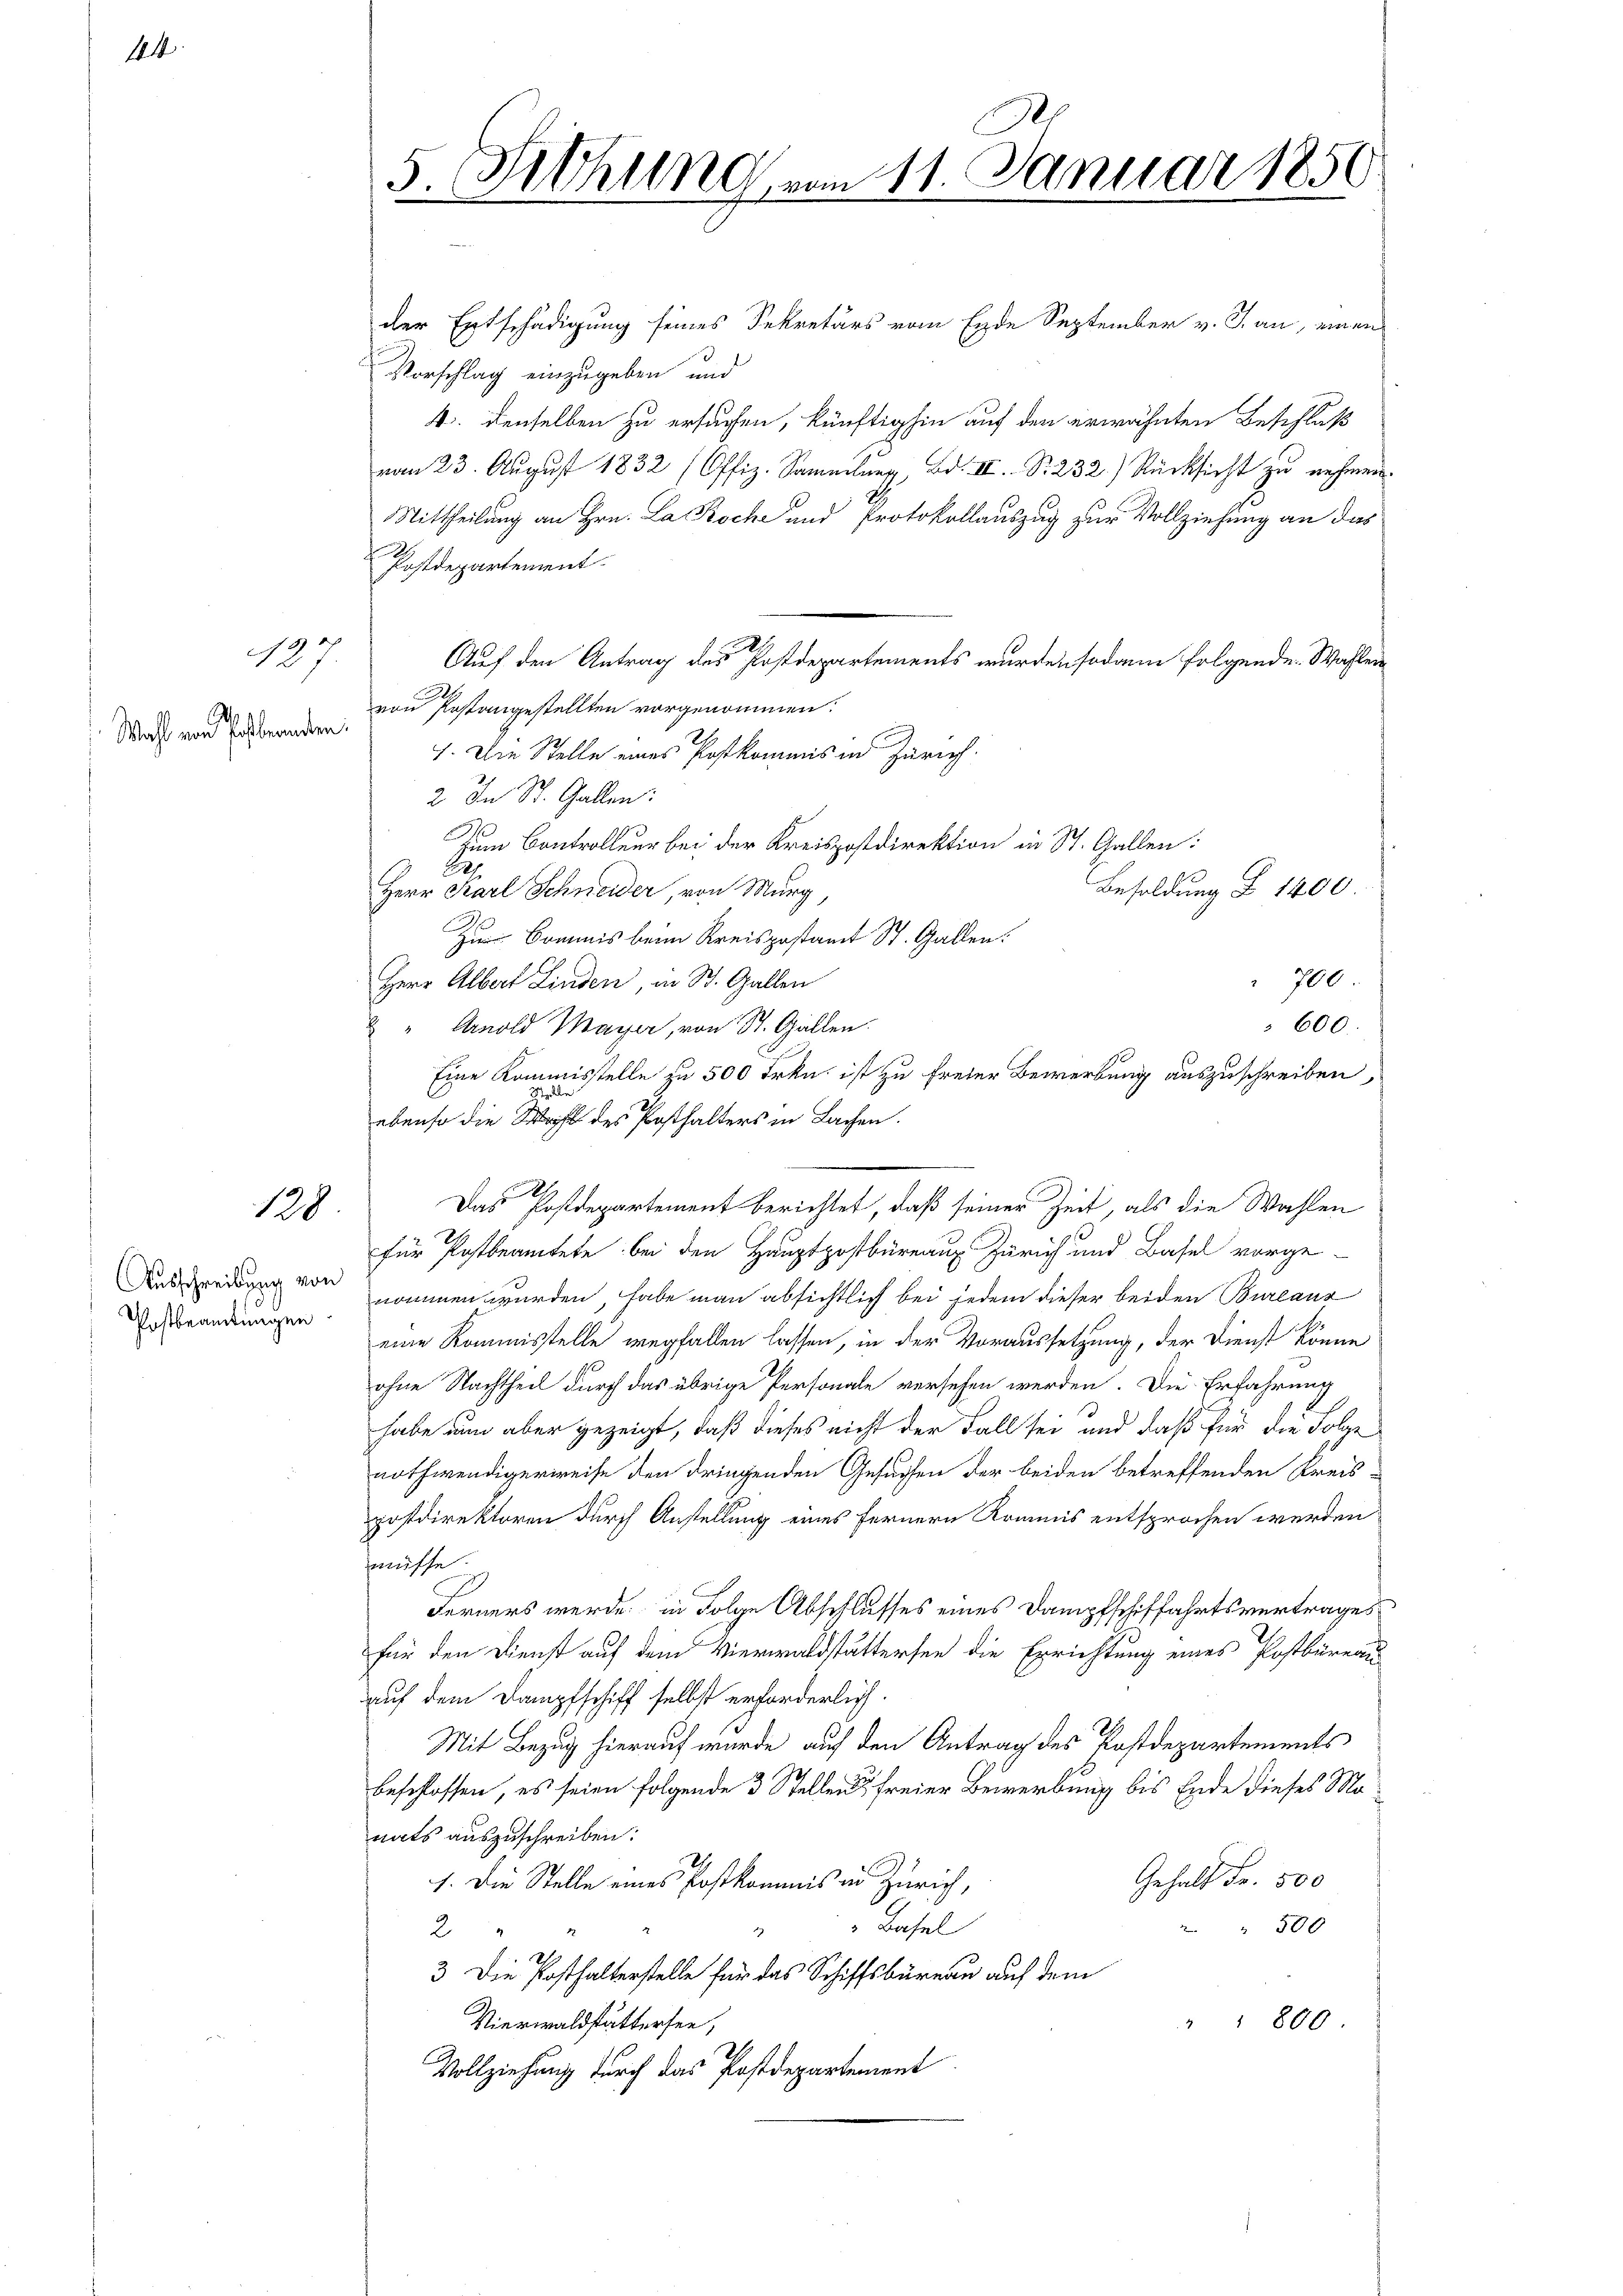
14

19
127

Wahl von Postbranden.

128

Ausschreibung von
Postbeamtungen

5. Fiehung vom 11. Januar 1856

der Entschädigung seines Sekretärs vom Ende September v. J. an, einen
Vorschlag einzugeben und
4. denselben zu ersuchen, künftighin auf den erwähnten Beschluß
vom 23. August 1832 (Offiz. Sammlung, Bd. III S. 232.) Rücksicht zu nehmen.
Mittheilung an Hrn. La Roche und Protokollauszug zur Vollziehung an das
f
Postdepartement.
Auf den Antrag des Postdepartements wurden sodann folgende Wahlen
von Postangestellten vorgenommen.
1. Die Stelle eines Postkommis in Zürich.
2. In St. Gallen:
zum Controlleur bei der Kreispostdirektion in St. Gallen:
A
Besoldung Z 1400
Herr Karl Schneider, von Murg,
Zum Bomnis beim Kreispostamt St. Gallen.
700
Herr Albert Linden, in St. Gallen
600.
2 " Arnold Mayer, von St. Gallen.
Eine Kommisstelle zu 500 Frkn. ist zu freier Bewerbung auszuschreiben,
ebenso die Wahl des Posthalters in Lachen.
x
Das Postdepartement berichtet, daß seiner Zeit, als die Wahlen
für Postbeamtete bei den Hauptpostbüreaus Zürich und Basel vorge-
nommen wurden, habe man absichtlich bei jedem dieser beiden Bureaus
eine Kommisstelle wegfallen lassen, in der Voraussetzung, der Dienst könne
ohne Nachtheil durch das übrige Personale versehen werden. Die Erfahrung
habe nun aber gezeigt, daß dieses nicht der Fall sei und daß für die Folge
nothwendigerweise den dringenden Gesuchen der beiden betreffenden Kreis-
postdirektoren durch Anstellung eines fernern Kommis entsprochen werden
müsse.
Ferners werde, in Folge Abschlusses eines Dampfschiffahrtsvertrages
für den Dienst auf dem Vierwaldstättersee die Errichtung eines Postbureau
auf dem Dampfschiff selbst erforderlich.
Mit Bezug hierauf wurde auf den Antrag des Postdepartements
beschlossen, es seien folgende 3 Stellen freier Bewerbung bis Ende dieses Manats auszuschreiben:
Gehalt Fr. 500
1. Die Stelle eines Postkommis in Zürich,
Basel
500
2
1
3 Die Posthalterstelle für das Schiffsbüreau auf dem
Vierwaldstättersee,
" " 800
Vollziehung durch das Postdepartement